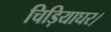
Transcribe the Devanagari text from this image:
चिड़ियाघर।